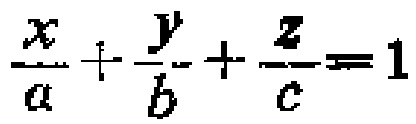
$\frac{x}{a}+\frac{y}{b}+\frac{z}{c}=1$